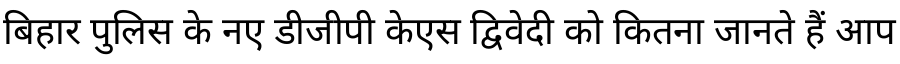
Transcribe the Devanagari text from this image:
बिहार पुलिस के नए डीजीपी केएस द्विवेदी को कितना जानते हैं आप